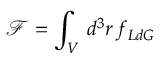
\mathcal { F } = \int _ { V } \, d ^ { 3 } r \, f _ { L d G }